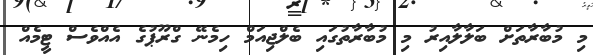
މި މުބާރާތަށް ބަލާލާއިރު މި މުބާރާތުގައި ބެލްޖިއަމް ހިމެނޭ ގްރޫޕުގެ އެއްވެސް ޓީމެއް